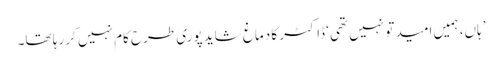
’ہاں، ہمیں امید تو نہیں تھی‘ ڈاکٹر کا دماغ شاید پوری طرح کام نہیں کر رہا تھا۔